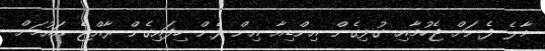
މާލެ ފެނަށް ޖެހުމާއި ގުޅިގެން އިންޑިއާ އިން ފެން ހިފައިގެން ރާއްޖެ އައުމަށް